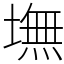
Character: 墲